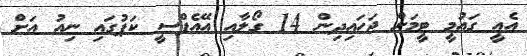
އެއީ ގައުމީ ޓީމަށް ޖަހައިދިން 14 ގޯލާއި އޭއެފްސީ ކަޕުގައި ނިއު އަށް